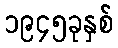
၁၉၄၅ခုနှစ်